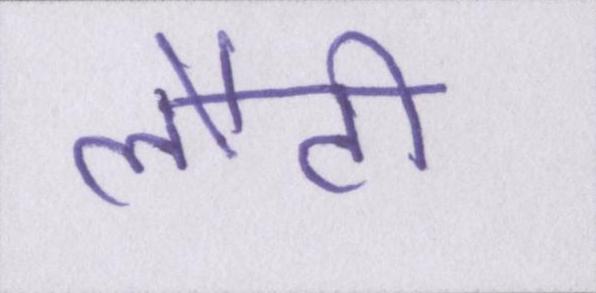
लौटी